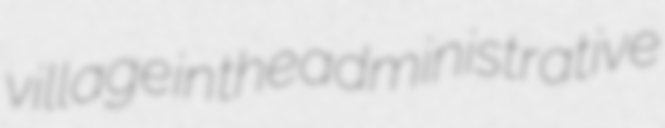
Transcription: village in the administrative